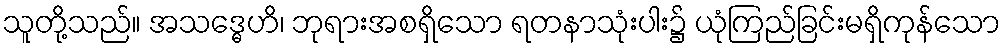
သူတို့သည်။ အသဒ္ဓေဟိ၊ ဘုရားအစရှိသော ရတနာသုံးပါး၌ ယုံကြည်ခြင်းမရှိကုန်သော